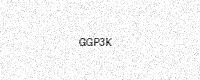
Text: GGP3K